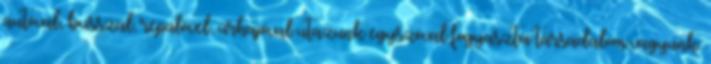
autóval, busszal, repülővel, űrhajóval utazunk egyszóval fogyasztói társadalom vagyunk.